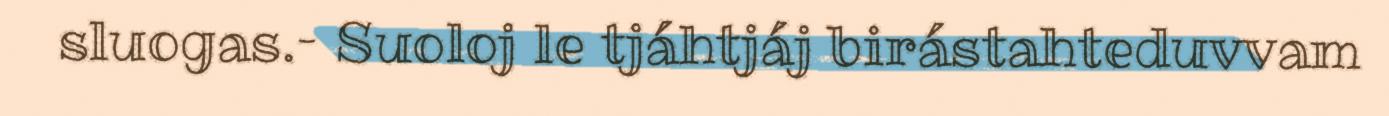
sluogas.– Suoloj le tjáhtjáj birástahteduvvam